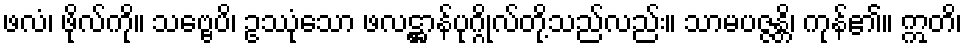
ဖလံ၊ ဖိုလ်ကို။ သဗ္ဗေပိ၊ ဥဿုံသော ဖလဋ္ဌာန်ပုဂ္ဂိုလ်တို့သည်လည်း။ သာမပဇ္ဇန္တိ၊ ကုန်၏။ ဣတိ၊